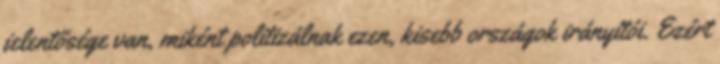
jelentősége van, miként politizálnak ezen, kisebb országok irányítói. Ezért